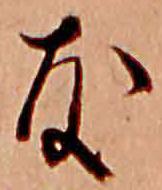
友